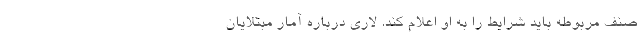
صنف مربوطه باید شرایط را به او اعلام کند. لاری درباره آمار مبتلایان